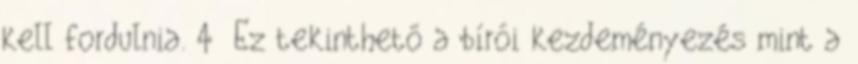
kell fordulnia. 4 Ez tekinthető a bírói kezdeményezés mint a